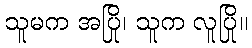
သူမက အပြို၊ သူက လူပြို။